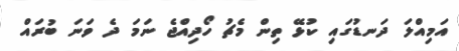
އަމިއްލަ ދަނޑުގައި ކުޅޭ ތިން މެޗު ހޯދިއްޖެ ނަމަ ދެ ވަނަ ބުރައް